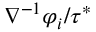
\nabla ^ { - 1 } \varphi _ { i } / \tau ^ { * }